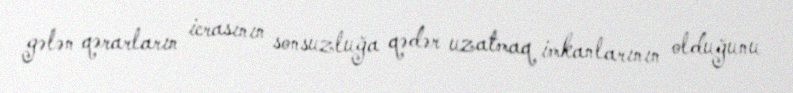
gələn qərarların icrasının sonsuzluğa qədər uzatmaq imkanlarının olduğunu